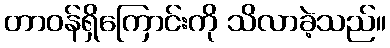
တာဝန်ရှိကြောင်းကို သိလာခဲ့သည်။